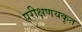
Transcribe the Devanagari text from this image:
परीक्षणयकृत